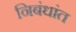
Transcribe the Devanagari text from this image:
निबंधांत